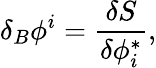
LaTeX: \delta_{B}\phi^{i}=\frac{\delta S}{\delta\phi_{i}^{*}},